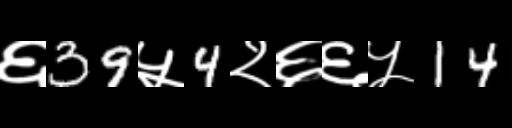
Text: ६39५4२६६५14